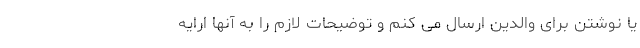
یا نوشتن برای والدین ارسال می کنم و توضیحات لازم را به آنها ارایه